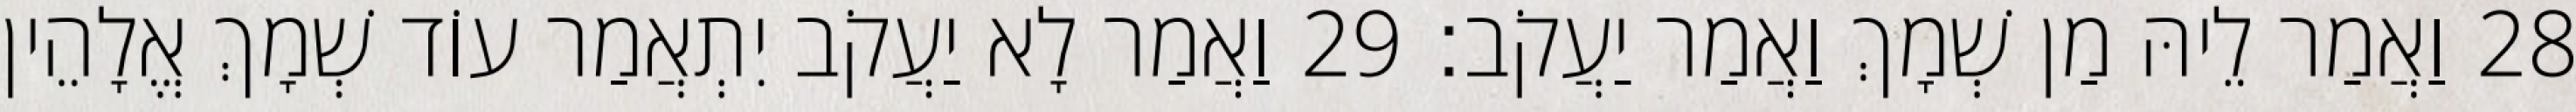
28 וַאֲמַר לֵיהּ מַן שְׁמָךְ וַאֲמַר יַעֲקֹב׃ 29 וַאֲמַר לָא יַעֲקֹב יִתְאֲמַר עוֹד שְׁמָךְ אֱלָהֵין